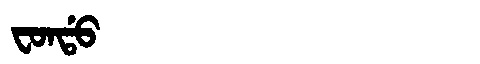
Manchu: ᠸᠣᠨᡩᠣ
Romanization: FONDO